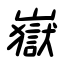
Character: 嶽